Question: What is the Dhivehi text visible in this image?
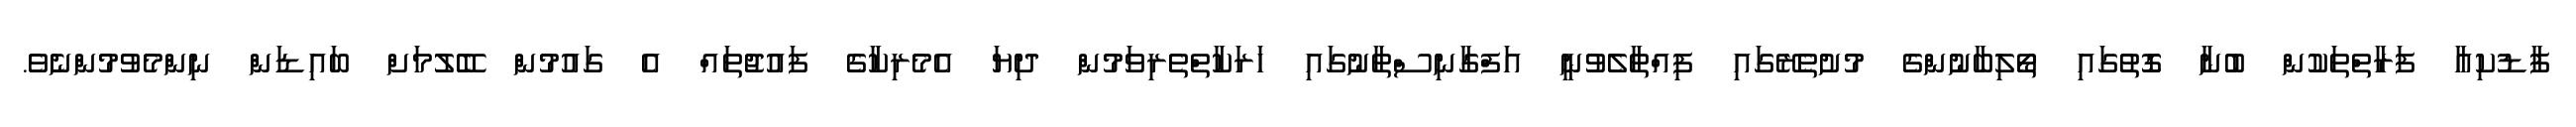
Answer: ފާޑުކިއާ ފަރާތްތަކުން ބުނާ ގޮތުގައި ތޯލިބާނުންގެ މުށުތެރޭގައި ފިއްތާލެވުނީ އަފްގާނިސްތާނުގައި ހަރަކާތްތެރިވަމުން ދިޔަ އެމެރިކާގެ ފައުޖުތައް އެ ގައުމުން ބޭލުމަށް ބައިޑަން ނިންމެވުމުންނެވެ.